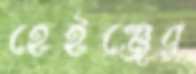
হেইঞ্জের